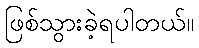
ဖြစ်သွားခဲ့ရပါတယ်။